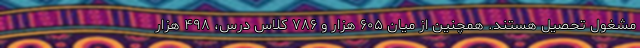
مشغول تحصیل هستند. همچنین از میان ۶۰۵ هزار و ۷۸۶ کلاس درس، ۴۹۸ هزار